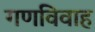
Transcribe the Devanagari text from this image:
गणविवाह